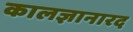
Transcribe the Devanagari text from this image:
कालज्ञानारद